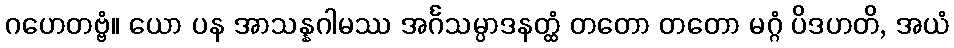
ဂဟေတဗ္ဗံ။ ယော ပန အာသန္နဂါမဿ အင်္ဂသမ္ပာဒနတ္ထံ တတော တတော မဂ္ဂံ ပိဒဟတိ, အယံ